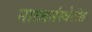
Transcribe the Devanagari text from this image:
नाट्यसंस्थेतील